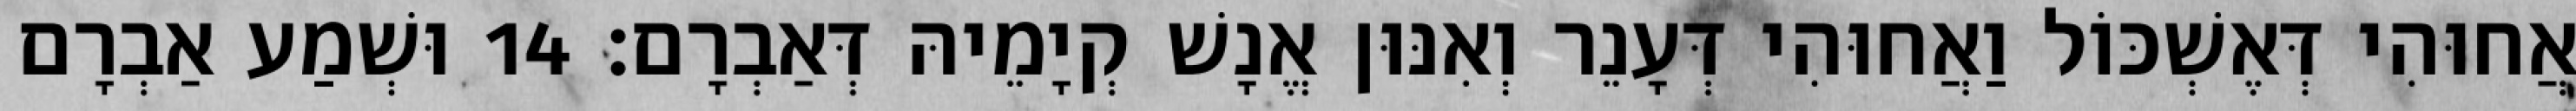
אֲחוּהִי דְּאֶשְׁכּוֹל וַאֲחוּהִי דְּעָנֵר וְאִנּוּן אֱנָשׁ קְיָמֵיהּ דְּאַבְרָם׃ 14 וּשְׁמַע אַבְרָם